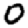
Digit: 0